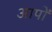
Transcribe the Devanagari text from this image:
आपो॑